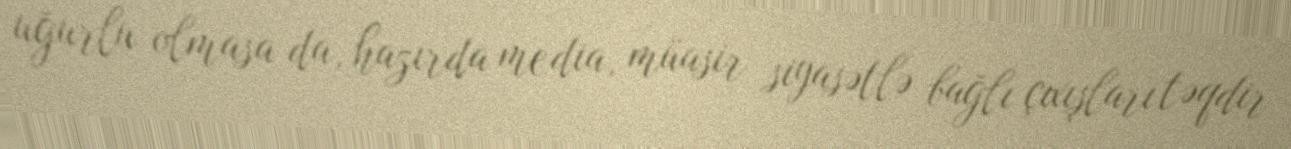
uğurlu olmasa da, hazırda media, müasir siyasətlə bağlı çıxışları təqdir